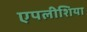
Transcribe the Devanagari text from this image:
एपलीशिया